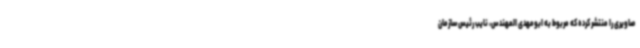
صاویری را منتشر کرده که مربوط به ابومهدی المهندس، نایب رئیس سازمان